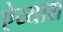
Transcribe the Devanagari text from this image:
ऐय्याश